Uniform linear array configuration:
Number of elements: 4
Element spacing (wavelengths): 0.75
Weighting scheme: hann
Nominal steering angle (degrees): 45
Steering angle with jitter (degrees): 44.131
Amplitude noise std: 0.05
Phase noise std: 0.05

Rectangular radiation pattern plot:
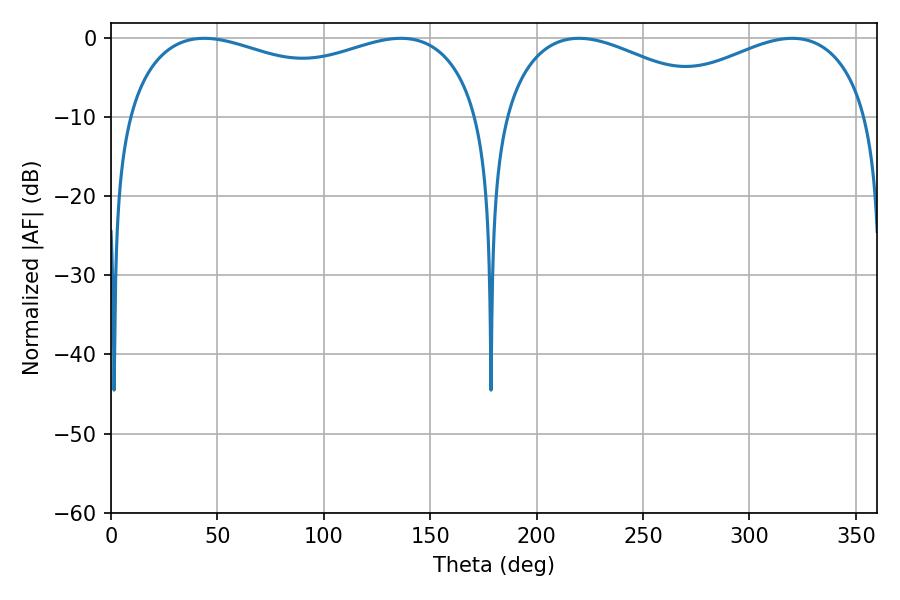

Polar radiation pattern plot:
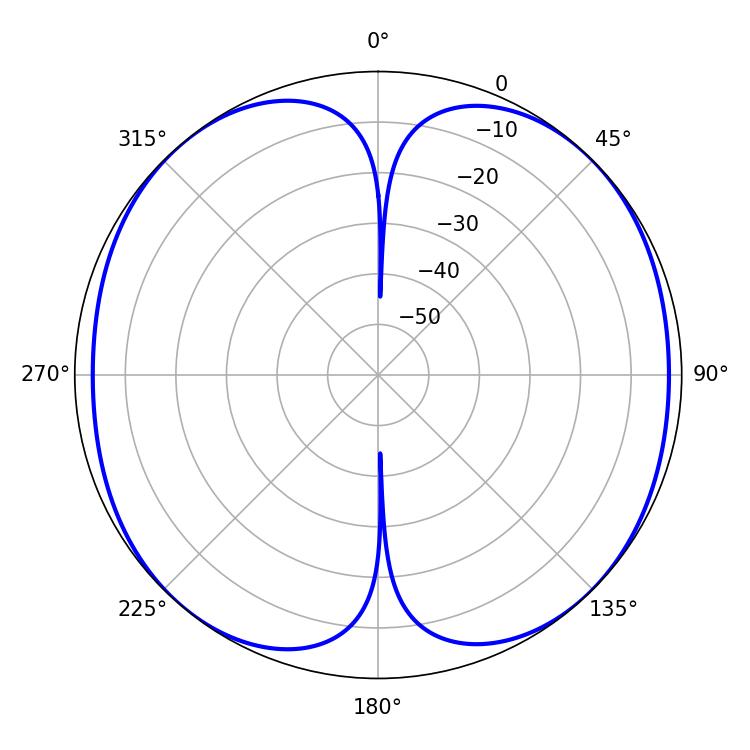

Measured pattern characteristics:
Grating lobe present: TRUE
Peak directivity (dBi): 12.776
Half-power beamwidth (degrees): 137.88
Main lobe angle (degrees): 43.74